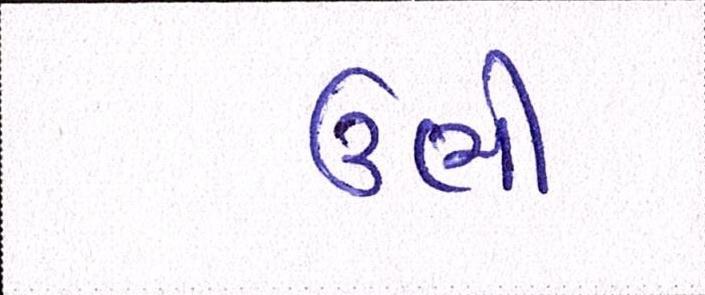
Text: ઉભી